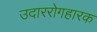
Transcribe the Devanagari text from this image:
उदाररोगहारक